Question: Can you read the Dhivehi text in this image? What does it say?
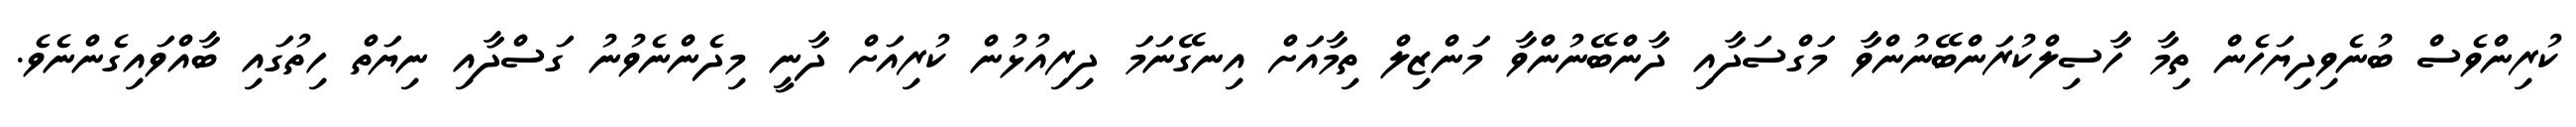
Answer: ކުރިންވެސް ބުނެވިދިޔަހެން ތިމާ ހާސިލްކުރަންބޭނުންވާ މަގްސަދާއި ދާންބޭނުންވާ މަންޒިލް ތިމާއަށް އިނގޭނަމަ ދިރިއުޅުން ކުރިއަށް ދާނީ މިދެންނެވުނު ގަސްދާއި ނިޔަތް ހިތުގައި ބާއްވައިގެންނެވެ.